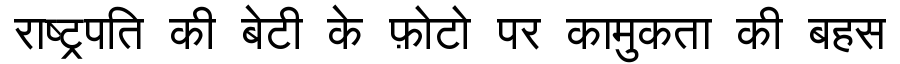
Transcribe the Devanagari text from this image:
राष्ट्रपति की बेटी के फ़ोटो पर कामुकता की बहस